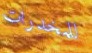
للمخدرات